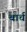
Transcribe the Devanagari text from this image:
बार्च